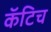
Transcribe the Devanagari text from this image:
कॅटिच